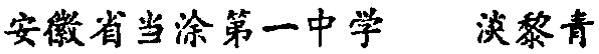
安徽省当涂第一中学  淡黎青